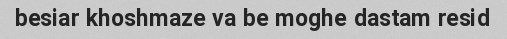
besiar khoshmaze va be moghe dastam resid